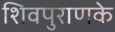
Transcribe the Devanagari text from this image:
शिवपुराणके